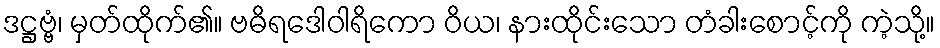
ဒဋ္ဌဗ္ဗံ၊ မှတ်ထိုက်၏။ ဗဓိရဒေါဝါရိကော ဝိယ၊ နားထိုင်းသော တံခါးစောင့်ကို ကဲ့သို့။